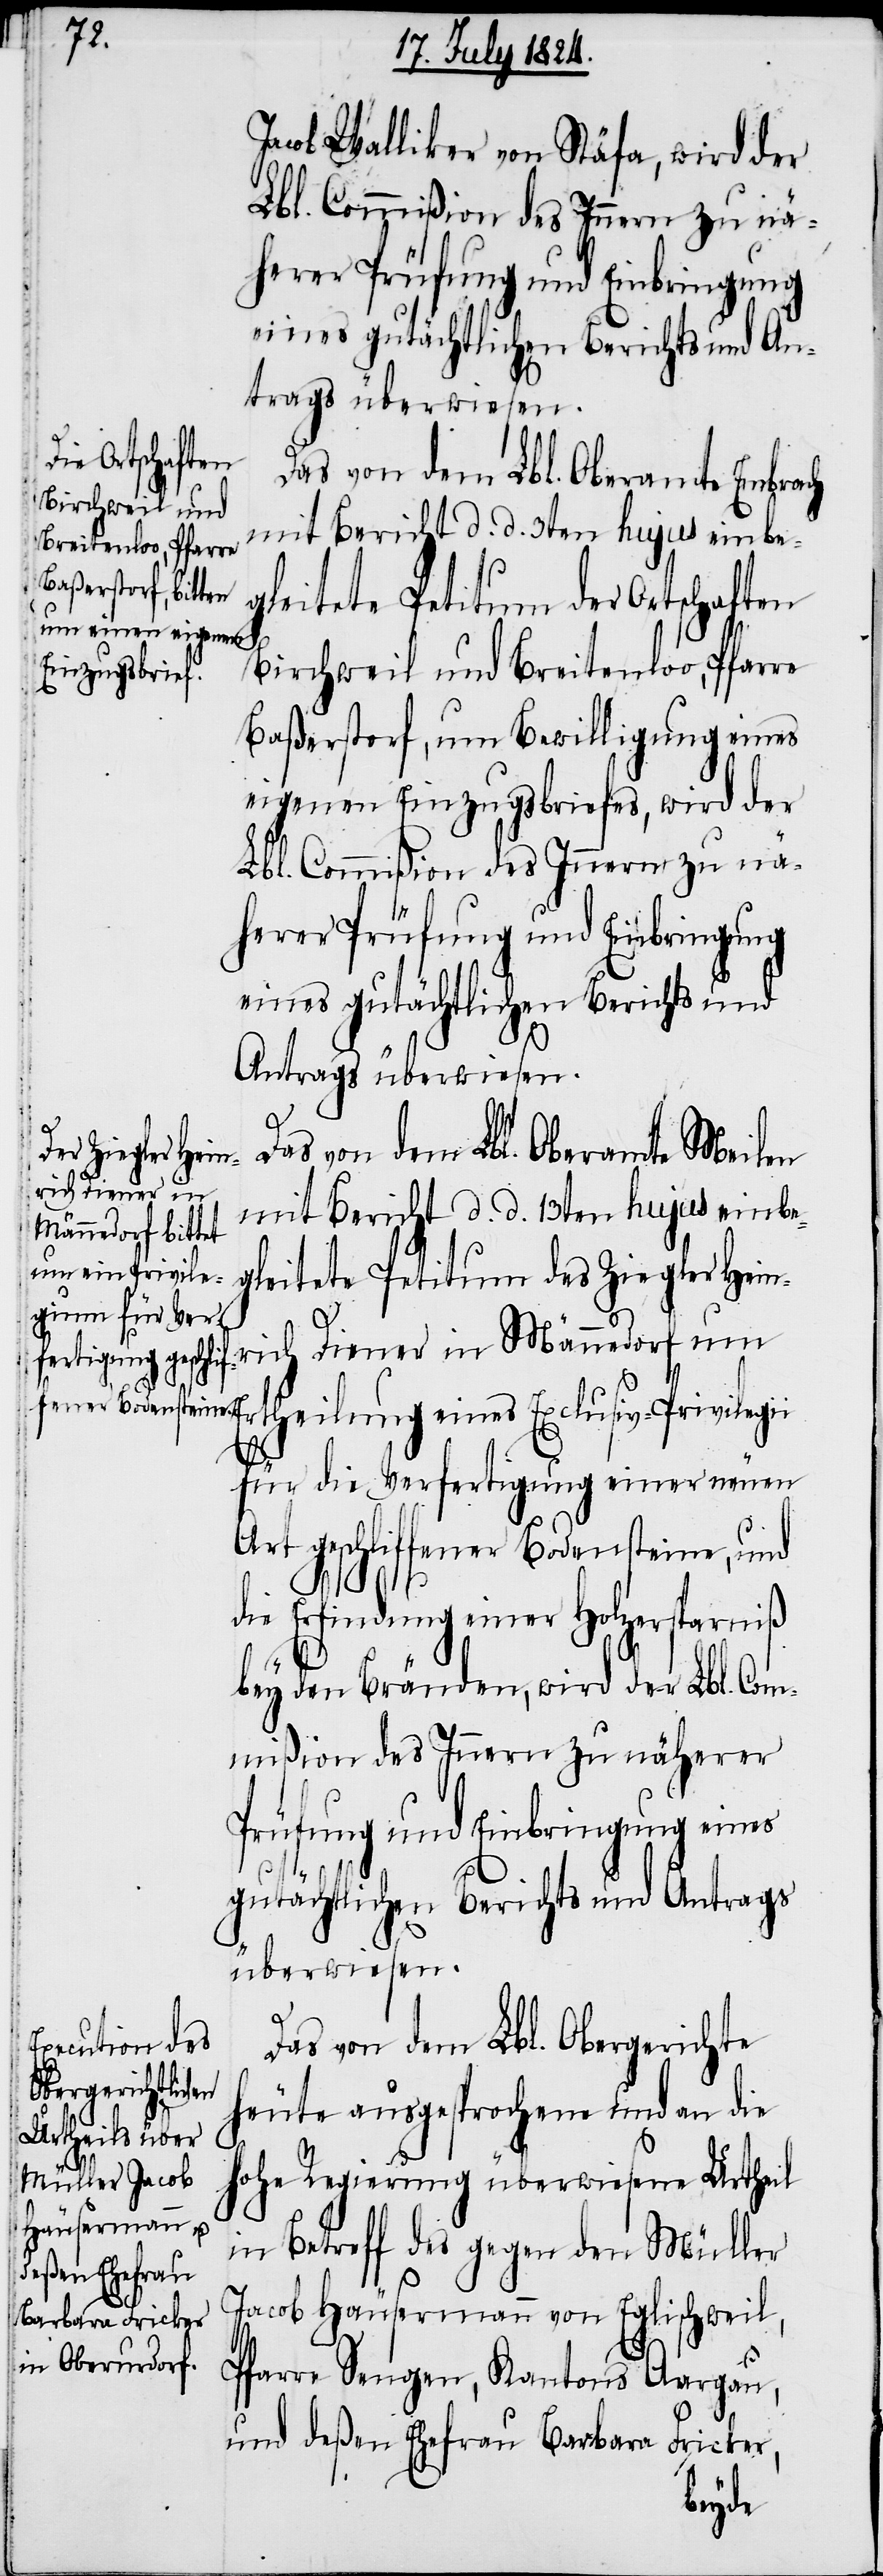
Er¬
Jacob Walliker von Stäfa, wird der
Lbl. Commißion des Innern zu nä¬
herer Prüfung und Einbringung
Das von dem Lbl. Oberamt Embrach
Birchweil und
mit Bericht d. d. 3ten hujus einbe¬
Breitenloo, Pfarre
gleitete Petitum der Ortschaften
Baßerstorf, um Bewilligung eines
eigenen Einzugsbriefes, wird der
Lbl. Commißion des Innern zu nä¬
herer Prüfung und Einbringung
eines gutächtlichen Berichts und
Antrags überwiesen.
Das von dem Lbl. Oberamte Meilen
mit Bericht d. d. 13ten hujus einbe¬
gleitete Petitum des Ziegler Hein¬
rich Diener in Männedorf um
theilung eines Exclusiv-Privilegii
für die Verfertigung einer neuen
Art geschliffener Bodensteine, und
die Erfindung einer Holzersparniß
bey den Bränden, wird der Lbl. Com¬
mißion des Innern zu näherer
Prüfung und Einbringung eines
gutächtlichen Berichts und Antrags
überwiesen.
Das von dem Lbl. Obergerichte
heute ausgesprochene und an die
hohe Regierung überwiesene Urtheil
in Betreff des gegen den Müller
Jacob Häusermann von Eglischweil,
Pfarre Sengen, Kantons Aargau,
und deßen Ehefrau Barbara Fricker,